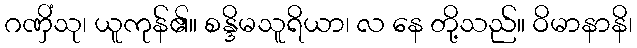
ဂဏှိံသု၊ ယူကုန်၏။ စန္ဒိမသူရိယာ၊ လ နေ တို့သည်။ ဝိမာနာနိ၊